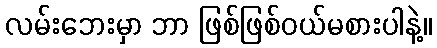
လမ်းဘေးမှာ ဘာ ဖြစ်ဖြစ်ဝယ်မစားပါနဲ့။